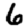
Digit: 6